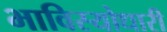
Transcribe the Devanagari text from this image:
भाविस्योधारी